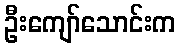
ဦးကျော်သောင်းက